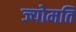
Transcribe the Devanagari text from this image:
ज्योमति